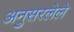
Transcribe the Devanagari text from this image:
अनुसरलेले